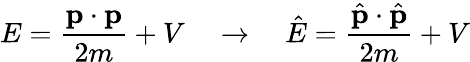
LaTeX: E={\frac{\mathbf{p}\cdot\mathbf{p}}{2m}}+V\quad\rightarrow\quad{\hat{E}}={\frac{{\hat{\mathbf{p}}}\cdot{\hat{\mathbf{p}}}}{2m}}+V